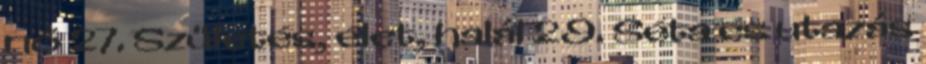
nő 27. Születés, élet, halál 29. Séta és utazás